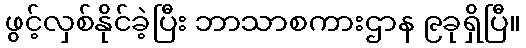
ဖွင့်လှစ်နိုင်ခဲ့ပြီး ဘာသာစကားဌာန ၉ခုရှိပြီ။